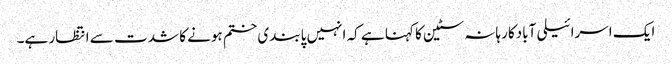
ایک اسرائیلی آبادکار ہانہ سٹین کا کہنا ہے کہ انہیں پابندی ختم ہونے کا شدت سے انتظار ہے۔